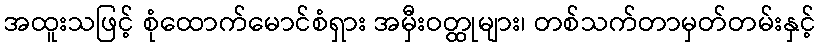
အထူးသဖြင့် စုံထောက်မောင်စံရှား အမှီးဝတ္ထုများ၊ တစ်သက်တာမှတ်တမ်းနှင့်